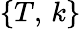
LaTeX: \left\lbrace T,\, k\right\rbrace